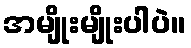
အမျိုးမျိုးပါပဲ။